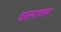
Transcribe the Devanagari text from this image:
घातगणन